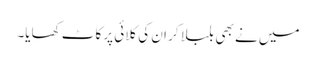
میں نے بھی بلبلا کر ان کی کلائی پر کاٹ کھایا۔